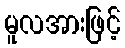
မူလအားဖြင့်